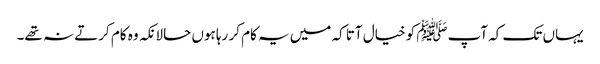
یہاں تک کہ آپﷺ کو خیال آتا کہ میں یہ کام کر رہا ہوں حالانکہ وہ کام کرتے نہ تھے۔